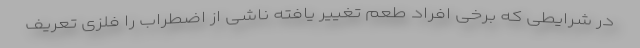
در شرایطی که برخی افراد طعم تغییر یافته ناشی از اضطراب را فلزی تعریف